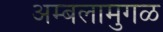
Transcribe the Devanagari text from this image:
अम्बलामुगळ